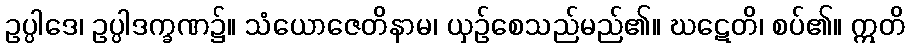
ဥပ္ပါဒေ၊ ဥပ္ပါဒက္ခဏ၌။ သံယောဇေတိနာမ၊ ယှဉ်စေသည်မည်၏။ ဃဋေတိ၊ စပ်၏။ ဣတိ